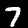
Digit: 7